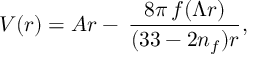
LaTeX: V ( r ) = A r - \: \frac { 8 \pi \, f ( \Lambda r ) } { ( 3 3 - 2 n _ { f } ) r } ,